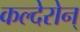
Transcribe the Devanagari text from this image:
कल्देरोन्